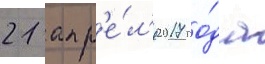
21 апр'е́л'я 2017 го́да